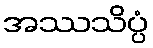
အဿသိပ္ပံ